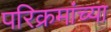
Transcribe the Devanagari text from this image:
परिक्रमांच्या